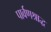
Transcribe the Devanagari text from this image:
पार्वणश्राद्ध